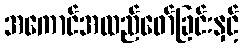
အကောင်အထည်ဖော်ခြင်းနှင့်